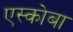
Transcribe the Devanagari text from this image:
एस्कोबा